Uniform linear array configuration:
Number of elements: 64
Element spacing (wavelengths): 1
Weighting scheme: uniform
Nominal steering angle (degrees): -30
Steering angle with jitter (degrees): -31.631
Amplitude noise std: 0.05
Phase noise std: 0.05

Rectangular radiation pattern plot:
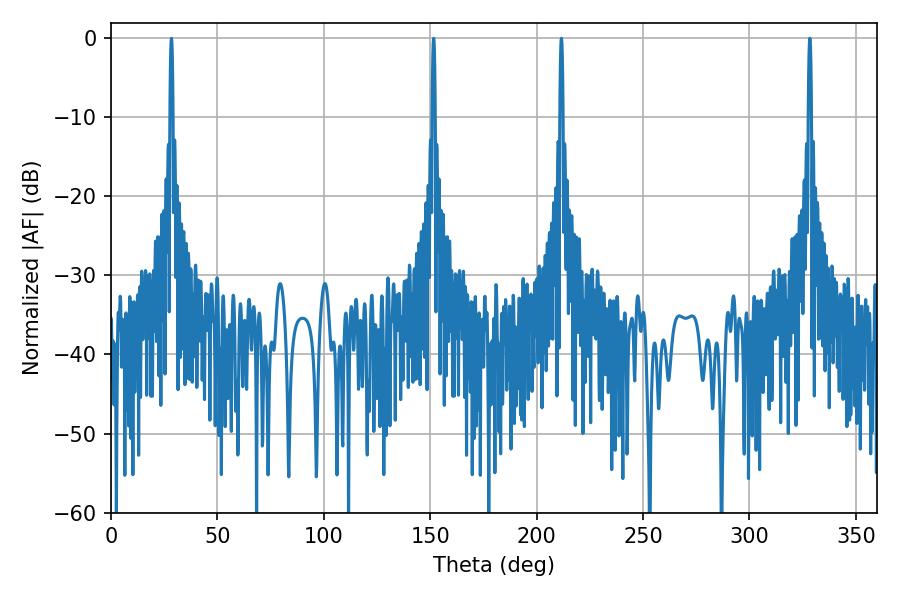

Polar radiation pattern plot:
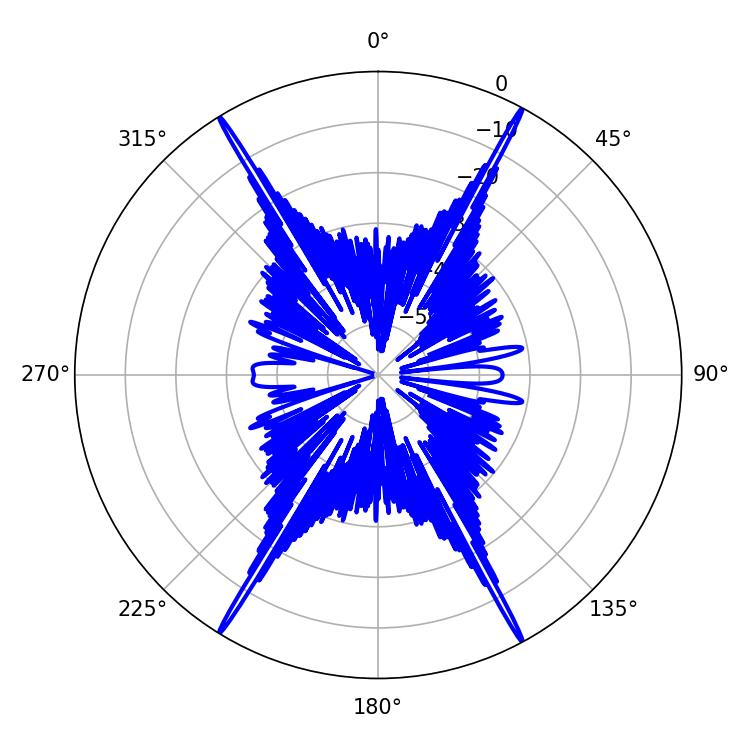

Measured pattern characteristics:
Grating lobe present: TRUE
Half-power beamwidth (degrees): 0.72
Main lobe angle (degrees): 151.56